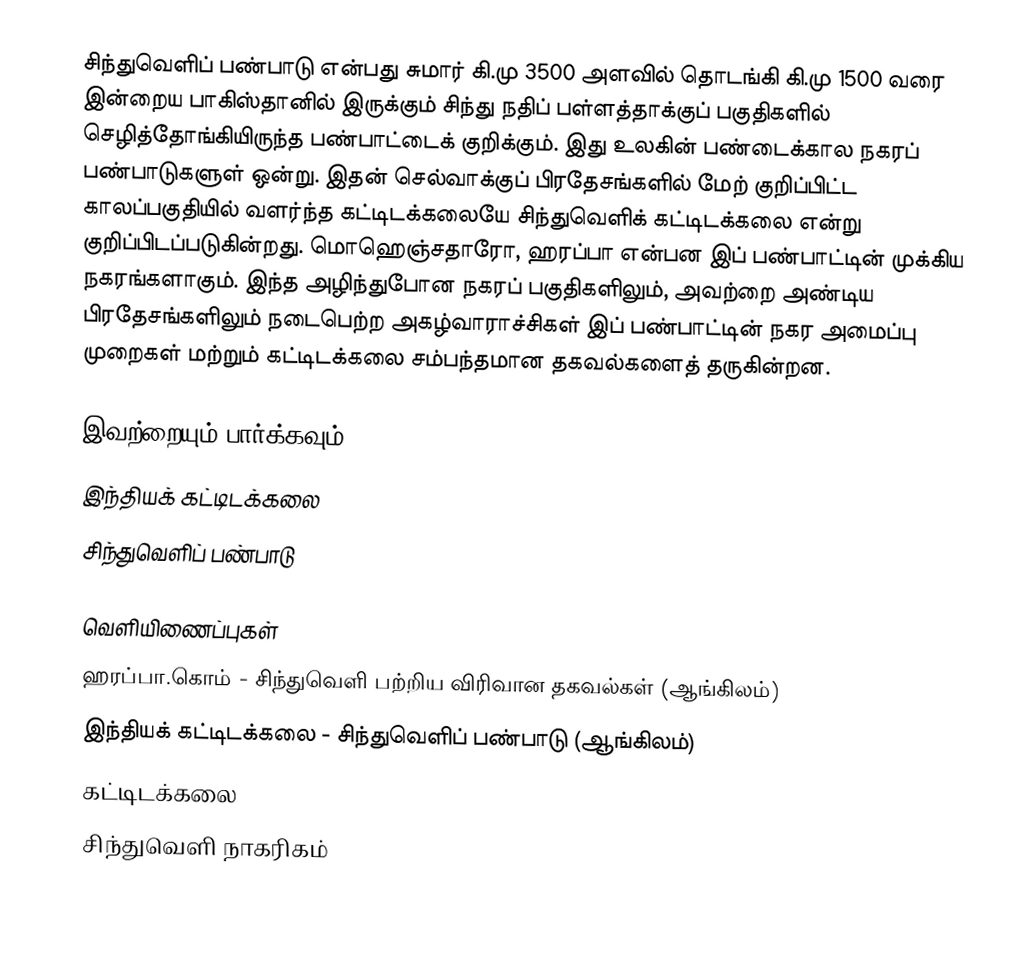
சிந்துவெளிப் பண்பாடு என்பது சுமார் கி.மு 3500 அளவில் தொடங்கி கி.மு 1500 வரை இன்றைய பாகிஸ்தானில் இருக்கும் சிந்து நதிப் பள்ளத்தாக்குப் பகுதிகளில் செழித்தோங்கியிருந்த பண்பாட்டைக் குறிக்கும். இது உலகின் பண்டைக்கால நகரப் பண்பாடுகளுள் ஒன்று. இதன் செல்வாக்குப் பிரதேசங்களில் மேற் குறிப்பிட்ட காலப்பகுதியில் வளர்ந்த கட்டிடக்கலையே சிந்துவெளிக் கட்டிடக்கலை என்று குறிப்பிடப்படுகின்றது. மொஹெஞ்சதாரோ, ஹரப்பா என்பன இப் பண்பாட்டின் முக்கிய நகரங்களாகும். இந்த அழிந்துபோன நகரப் பகுதிகளிலும், அவற்றை அண்டிய பிரதேசங்களிலும் நடைபெற்ற அகழ்வாராச்சிகள் இப் பண்பாட்டின் நகர அமைப்பு முறைகள் மற்றும் கட்டிடக்கலை சம்பந்தமான தகவல்களைத் தருகின்றன.

இவற்றையும் பார்க்கவும்
 இந்தியக் கட்டிடக்கலை
 சிந்துவெளிப் பண்பாடு

வெளியிணைப்புகள்
 ஹரப்பா.கொம் - சிந்துவெளி பற்றிய விரிவான தகவல்கள் (ஆங்கிலம்)
இந்தியக் கட்டிடக்கலை - சிந்துவெளிப் பண்பாடு (ஆங்கிலம்)
கட்டிடக்கலை
சிந்துவெளி நாகரிகம்